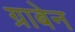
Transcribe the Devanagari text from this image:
ग्राबेन